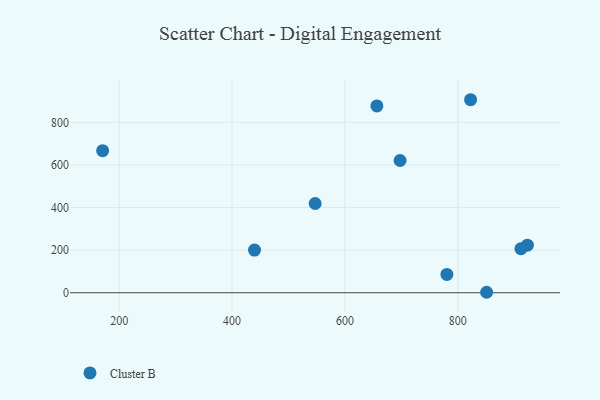
{"axis": {"x": "Ad Spend", "y": "Yield"}, "legend": ["Cluster B"], "data": [{"x": "656.6", "y": 877.0, "type": "Cluster B"}, {"x": "697.7", "y": 620.8, "type": "Cluster B"}, {"x": "547.2", "y": 419.0, "type": "Cluster B"}, {"x": "851.0", "y": 2.2, "type": "Cluster B"}, {"x": "911.8", "y": 206.9, "type": "Cluster B"}, {"x": "822.6", "y": 906.1, "type": "Cluster B"}, {"x": "170.7", "y": 667.0, "type": "Cluster B"}, {"x": "780.6", "y": 86.0, "type": "Cluster B"}, {"x": "439.8", "y": 200.5, "type": "Cluster B"}, {"x": "923.2", "y": 223.5, "type": "Cluster B"}]}